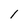
Character: 1